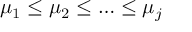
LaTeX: \mu _ { 1 } \leq \mu _ { 2 } \leq \ldots \leq \mu _ { j }